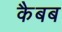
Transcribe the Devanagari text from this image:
कैबब